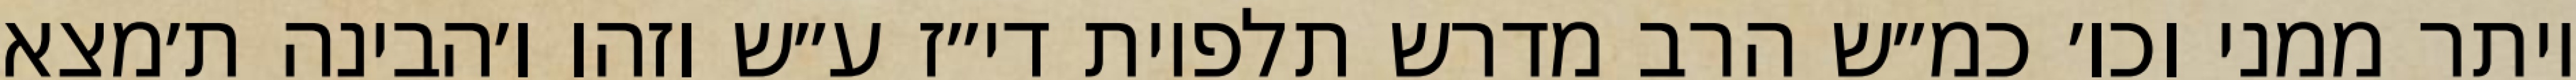
יותר ממני וכו׳ כמ״ש הרב מדרש תלפיות די״ז ע״ש וזהו ו׳הבינה ת׳מצא